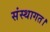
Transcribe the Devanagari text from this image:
संस्थागत।